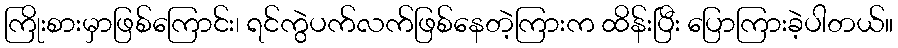
ကြိုးစားမှာဖြစ်ကြောင်း၊ ရင်ကွဲပက်လက်ဖြစ်နေတဲ့ကြားက ထိန်းပြီး ပြောကြားခဲ့ပါတယ်။